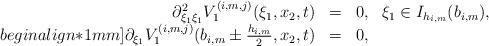
LaTeX: \begin{align*}\begin{array}{rcll}\partial^2_{\xi_1\xi_1} V^{(i,m,j)}_1(\xi_1,x_2,t) & = & 0,& \xi_1\in I_{h_{i,m}}(b_{i,m}),\\begin{align*}1mm]\partial_{\xi_1} V^{(i,m,j)}_1(b_{i,m} \pm \tfrac{h_{i,m}}{2},x_2,t) & = & 0,&\end{array}\end{align*}